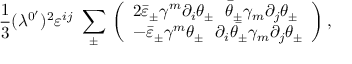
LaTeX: \frac 1 3 ( \lambda ^ { 0 ^ { \prime } } ) ^ { 2 } \varepsilon ^ { i j } \, \, \sum _ { \pm } \, \left( \begin{array} { l } { { 2 \bar { \varepsilon } _ { \pm } \gamma ^ { m } \partial _ { i } \theta _ { \pm } \, \, \, \, \bar { \theta } _ { \pm } \gamma _ { m } \partial _ { j } \theta _ { \pm } } } \\ { { - \bar { \varepsilon } _ { \pm } \gamma ^ { m } \theta _ { \pm } \, \, \, \, \partial _ { i } \bar { \theta _ { \pm } } \gamma _ { m } \partial _ { j } \theta _ { \pm } } } \end{array} \right) ,